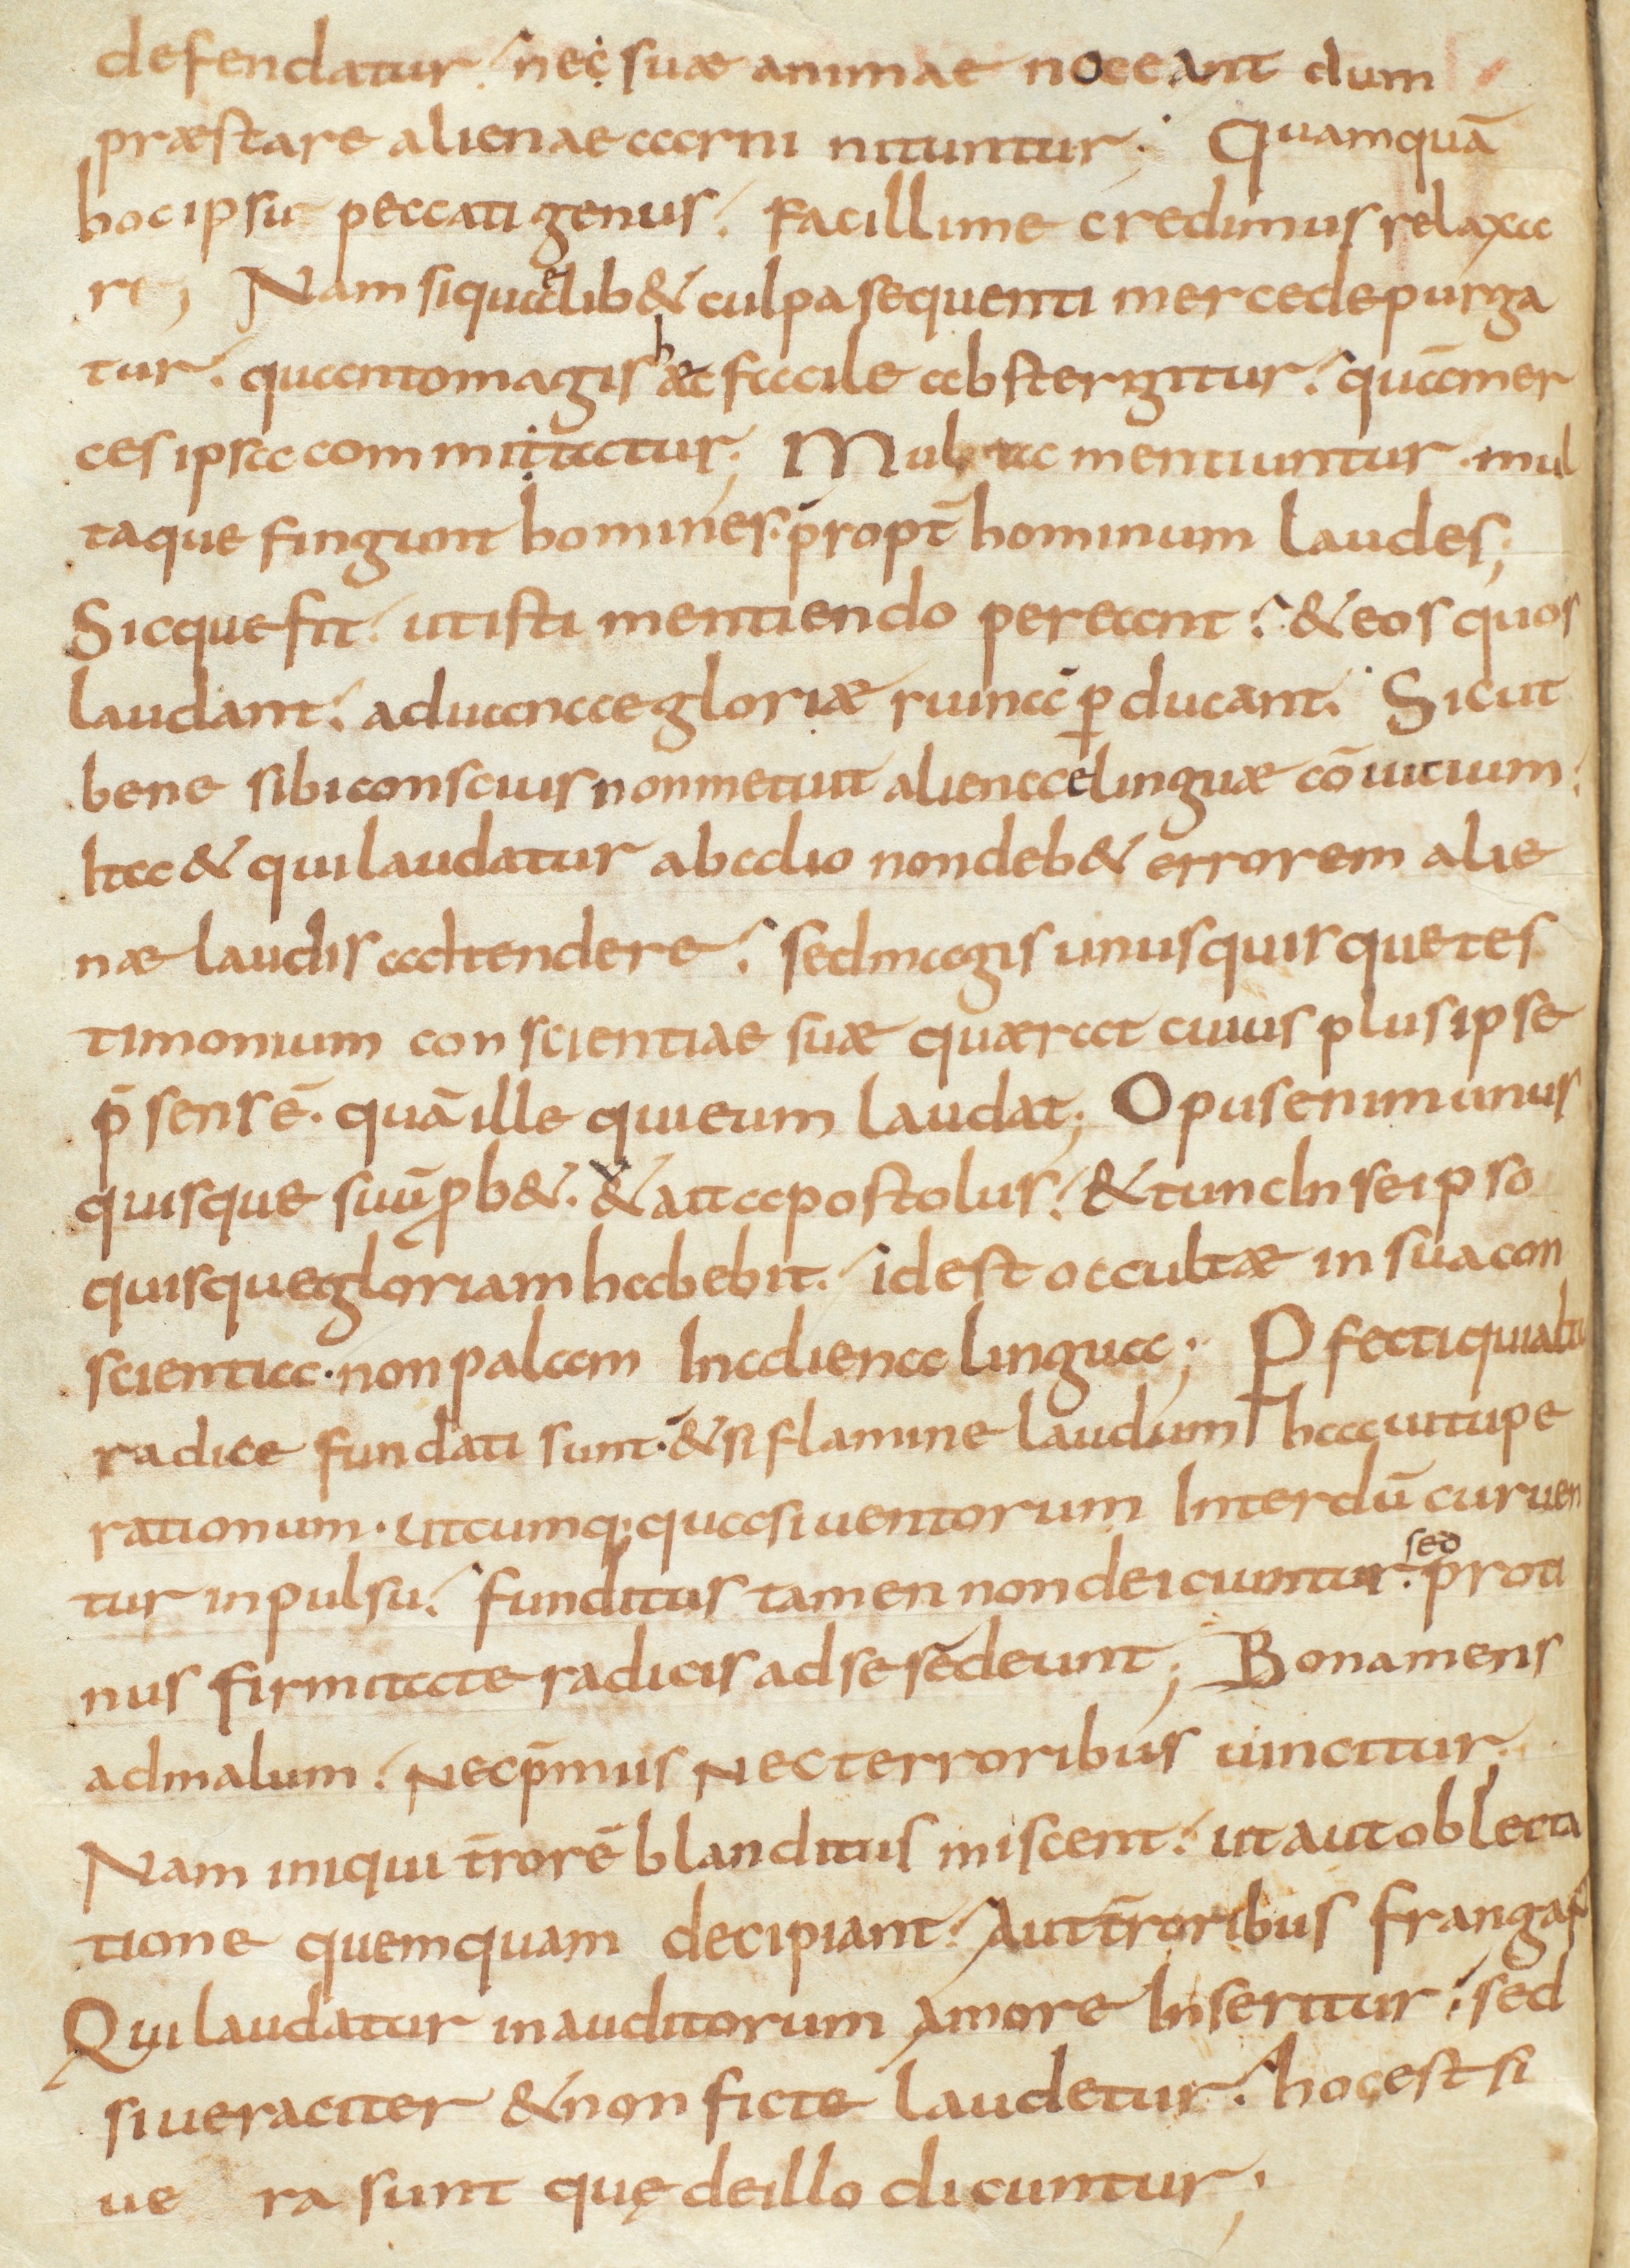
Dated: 800–833